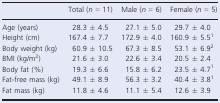
|  | Total (n = 11) | Male (n = 6) | Female (n = 5) |
 | --- | --- | --- | --- |
 | Age (years) | 28.3 ± 4.5 | 27.1 ± 5.0 | 29.7 ± 4.0 |
 | Height (cm) | 167.4 ± 7.7 | 172.9 ± 4.0 | 160.9 ± 5.51 |
 | Body weight (kg) | 60.9 ± 10.5 | 67.3 ± 8.5 | 53.1 ± 6.92 |
 | BMI (kg/m2) | 21.6 ± 3.0 | 22.6 ± 3.4 | 20.5 ± 2.4 |
 | Body fat (%) | 19.3 ± 6.6 | 15.8 ± 6.2 | 23.5 ± 4.71 |
 | Fat-free mass (kg) | 49.1 ± 8.9 | 56.3 ± 3.2 | 40.4 ± 3.81 |
 | Fat mass (kg) | 11.8 ± 4.6 | 11.1 ± 5.4 | 12.6 ± 3.9 |